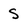
Character: s